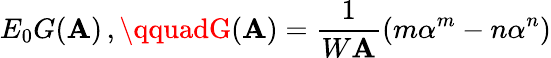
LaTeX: E_{0}G(\mathbf{A})\, ,\qquadG(\mathbf{A})=\frac{{1}}{{W\mathbf{A}}}\left(m\alpha^{m}-n\alpha^{n}\right)